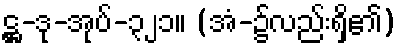
ဋ္ဌ-ဒု-အုပ်-၃၂၁။ (အံ-၌လည်းရှိ၏)